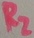
Text: R2